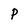
Character: P